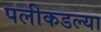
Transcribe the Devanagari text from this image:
पलीकडल्या